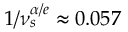
1 / \nu _ { s } ^ { \alpha / e } \approx 0 . 0 5 7